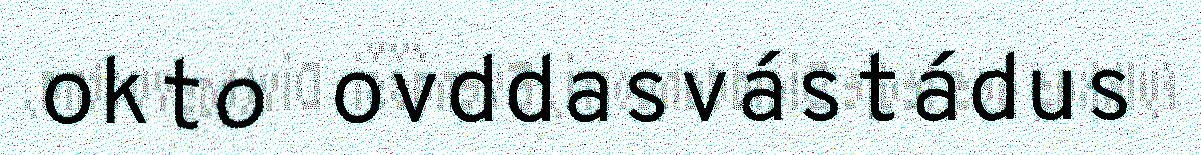
okto ovddasvástádus